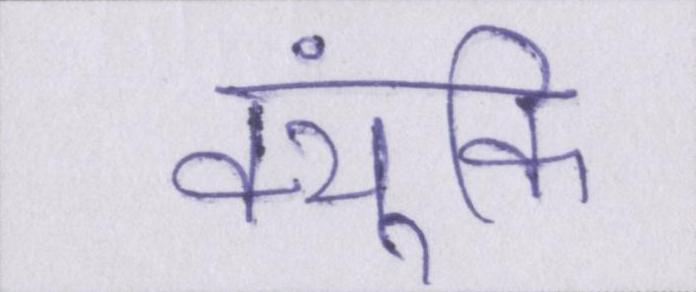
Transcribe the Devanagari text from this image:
क्यूंकि